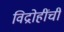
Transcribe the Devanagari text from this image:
विद्रोहींची